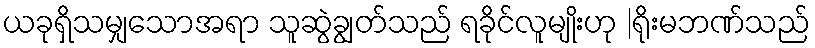
ယခုရှိသမျှသောအရာ သူဆွဲချွတ်သည် ရခိုင်လူမျိုးဟု |ရိုးမဘဏ်သည်